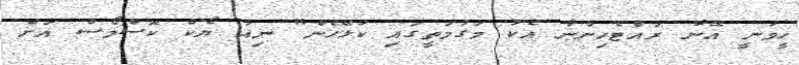
ހީވަނީ އޭނާ ރައްޓެހިންނާ އެކު މަގުމަތީގައި ކުޅޭހެން" ނިއު ޔޯކް ކޮސްމޯސް އަށް